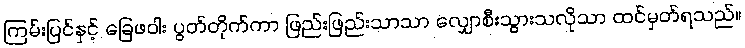
ကြမ်းပြင်နှင့် ခြေဖဝါး ပွတ်တိုက်ကာ ဖြည်းဖြည်းသာသာ လျှောစီးသွားသလိုသာ ထင်မှတ်ရသည်။